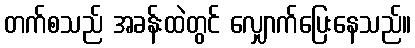
တက်စသည် အခန်းထဲတွင် လျှောက်ပြေးနေသည်။